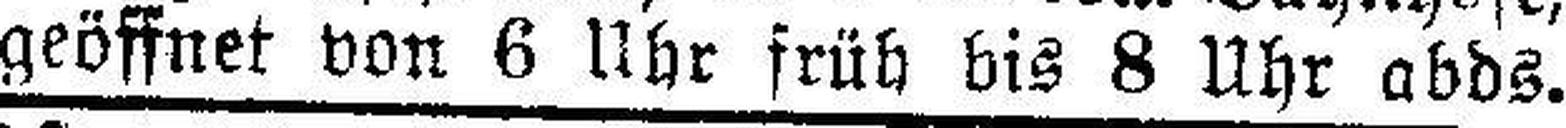
geöffnet von 6 Uhr früh bis 8 Uhr abds.